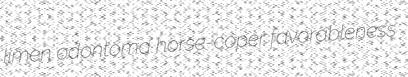
limen odontoma horse-coper favorableness